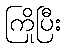
ကြိုပြီး